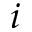
i